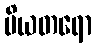
ပိယတရော